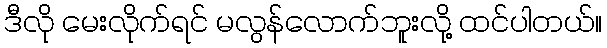
ဒီလို မေးလိုက်ရင် မလွန်လောက်ဘူးလို့ ထင်ပါတယ်။